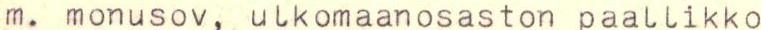
m. monusov, ulkomaanosaston paallikko